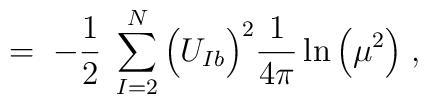
= \; -\frac{1}{2} \; \sum_{I=2}^N \Big( U_{Ib} \Big)^2 \frac{1}{4\pi}\ln \Big( \mu^2 \Big) \; ,